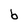
Character: b